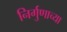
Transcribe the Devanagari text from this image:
निर्गुणाच्या